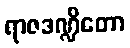
ရာဇဒဏ္ဍိတော